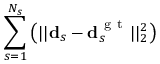
\sum _ { s = 1 } ^ { N _ { s } } \big ( | | \mathbf { d } _ { s } - \mathbf { d } _ { s } ^ { \mathrm { ~ g ~ t ~ } } | | _ { 2 } ^ { 2 } \big )